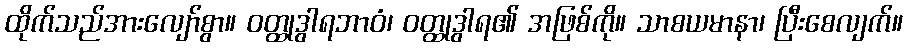
ထိုက်သည်အားလျော်စွာ။ ဝတ္ထုဒွါရဘာဝံ၊ ဝတ္ထုဒွါရ၏ အဖြစ်ကို။ သာစယမာနာ၊ ပြီးစေလျက်။